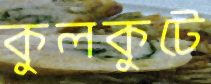
কুলকুটে